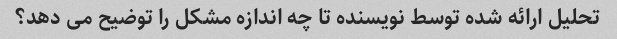
تحلیل ارائه شده توسط نویسنده تا چه اندازه مشکل را توضیح می دهد؟